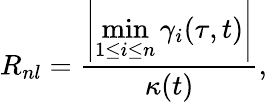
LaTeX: R_{nl}=\frac{\displaystyle\left|\operatorname*{min}_{1\leq i\leq n}\gamma_{i}(\tau,t)\right|}{\kappa(t)},